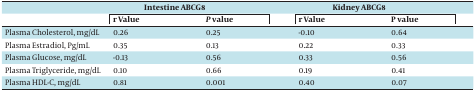
|  | <COLSPAN=2> Intestine ABCG8 | <COLSPAN=2> Kidney ABCG8 |
 |  | r Value | P value | r Value | P value |
 | --- | --- | --- | --- | --- |
 | Plasma Cholesterol, mg/dL | 0.26 | 0.25 | -0.10 | 0.64 |
 | Plasma Estradiol, Pg/mL | 0.35 | 0.13 | 0.22 | 0.33 |
 | Plasma Glucose, mg/dL | -0.13 | 0.56 | 0.33 | 0.56 |
 | Plasma Triglyceride, mg/dL | 0.10 | 0.66 | 0.19 | 0.41 |
 | Plasma HDL-C, mg/dL | 0.81 | 0.001 | 0.40 | 0.07 |